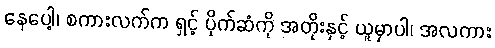
နေပေါ့၊ စကားလက်က ရှင့် ပိုက်ဆံကို အတိုးနှင့် ယူမှာပါ၊ အလကား